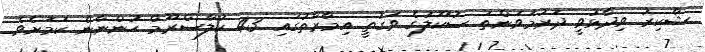
ޝާކިރު ވިދާޅުވީ ދަރުމަވަންތަ ސުކޫލުގެ ވަގުތީ އިމާރާތުގައި 43 ކުލާސްރޫމް ހުންނާނެ ކަމަށެވެ.